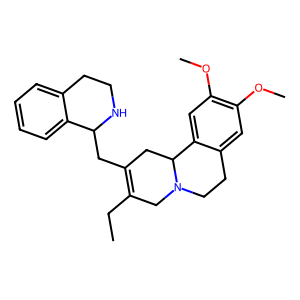
SMILES: CCC1=C(CC2NCCc3ccccc32)CC2c3cc(OC)c(OC)cc3CCN2C1
Inhibits HIV replication: No